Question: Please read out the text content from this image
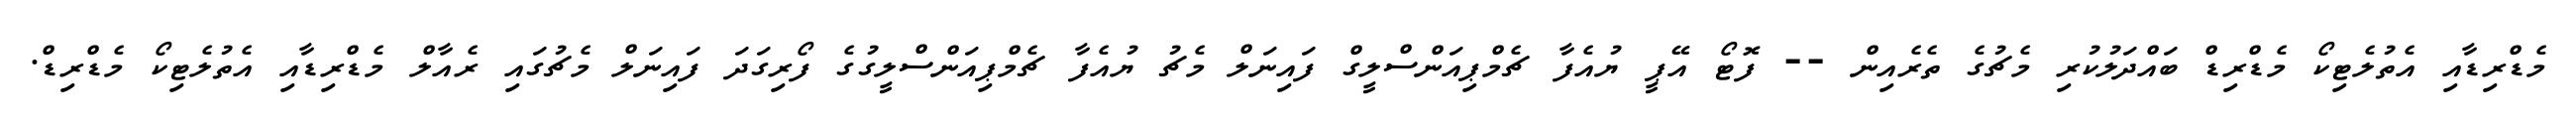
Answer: މެޑްރިޑާއި އެތުލެޓިކޯ މެޑްރިޑް ބައްދަލުކުރި މެޗުގެ ތެރެއިން -- ފޮޓޯ އޭޕީ ޔުއެފާ ޗެމްޕިއަންސްލީގް ފައިނަލް މެޗު ޔުއެފާ ޗެމްޕިއަންސްލީގުގެ ފޯރިގަދަ ފައިނަލް މެޗުގައި ރެއާލް މެޑްރިޑާއި އެތުލެޓިކޯ މެޑްރިޑް.